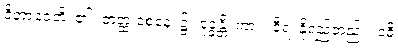
ဝိဘာဝေတိ၊ ၏။ တတ္ထ ဝစနေ၊ ၌။ ဒုဒ္ဓန္တိ၊ ကား။ ခီရံ၊ နို့ရည်တည်း။ ဒဓိ